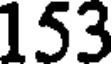
153